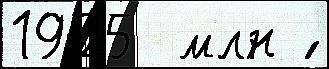
1925  млн ́